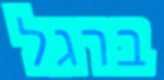
ברגל